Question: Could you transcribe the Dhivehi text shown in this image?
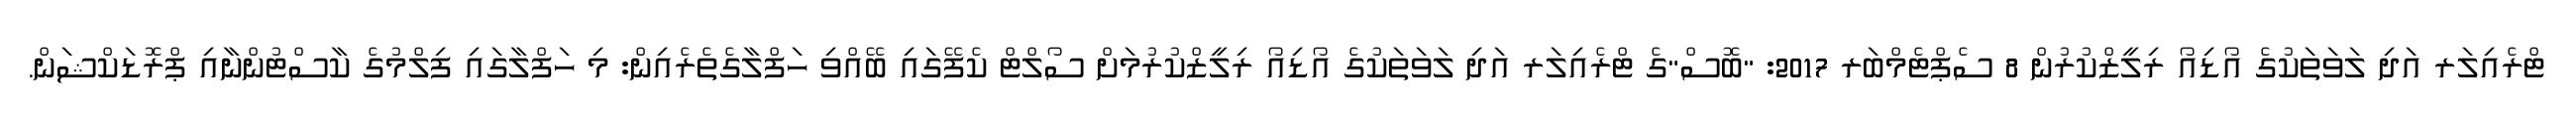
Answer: ޓްރެއިލަރ އަދި ލަވަތަކުގެ އޯޑިއޯ ރިލީޒްކުރުން 8 ސެޕްޓެމްބަރ 2017: "ބޮސް"ގެ ޓްރެއިލަރ އަދި ލަވަތަކުގެ އޯޑިއޯ ރިލީޒްކުރުމަށް ސޯލްޓް ކެފޭގައި ބޭއްވި ހަފްލާގެތެރެއިން: މި ހަފްލާގައި ފިލްމުގެ ކާސްޓުންނާއި ޕްރޮޑަކްޝަން.